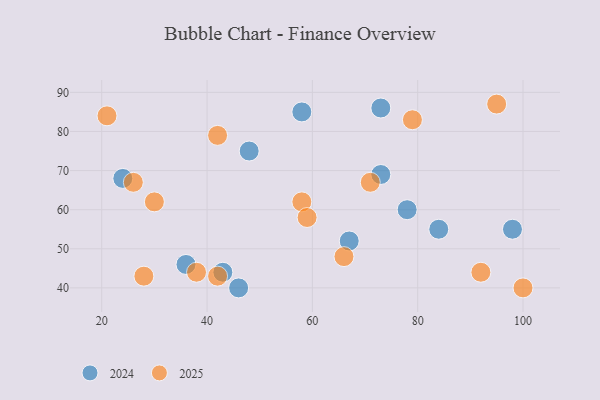
{"axis": {"x": "GDP", "y": "Life Expectancy"}, "legend": ["2024", "2025"], "data": [{"x": "48", "y": 75, "type": "2024"}, {"x": "73", "y": 69, "type": "2024"}, {"x": "43", "y": 44, "type": "2024"}, {"x": "36", "y": 46, "type": "2024"}, {"x": "73", "y": 86, "type": "2024"}, {"x": "67", "y": 52, "type": "2024"}, {"x": "84", "y": 55, "type": "2024"}, {"x": "78", "y": 60, "type": "2024"}, {"x": "98", "y": 55, "type": "2024"}, {"x": "58", "y": 85, "type": "2024"}, {"x": "46", "y": 40, "type": "2024"}, {"x": "24", "y": 68, "type": "2024"}, {"x": "95", "y": 87, "type": "2025"}, {"x": "28", "y": 43, "type": "2025"}, {"x": "79", "y": 83, "type": "2025"}, {"x": "92", "y": 44, "type": "2025"}, {"x": "58", "y": 62, "type": "2025"}, {"x": "42", "y": 43, "type": "2025"}, {"x": "42", "y": 79, "type": "2025"}, {"x": "71", "y": 67, "type": "2025"}, {"x": "21", "y": 84, "type": "2025"}, {"x": "66", "y": 48, "type": "2025"}, {"x": "26", "y": 67, "type": "2025"}, {"x": "30", "y": 62, "type": "2025"}, {"x": "59", "y": 58, "type": "2025"}, {"x": "100", "y": 40, "type": "2025"}, {"x": "38", "y": 44, "type": "2025"}]}